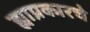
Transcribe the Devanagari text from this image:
ह्याप्रकारचे